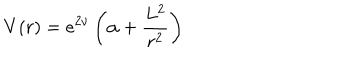
V ( r ) = e ^ { 2 \nu } \left( \alpha + \frac { L ^ { 2 } } { r ^ { 2 } } \right)